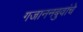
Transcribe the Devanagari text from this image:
गजाननबुवांचे